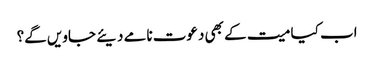
اب کیا میت کے بھی دعوت نامے دیئے جاویں گے؟